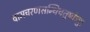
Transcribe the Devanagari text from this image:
वामचरणसन्धिचतुष्केषु।